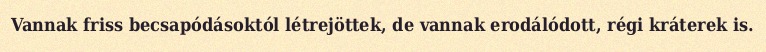
Vannak friss becsapódásoktól létrejöttek, de vannak erodálódott, régi kráterek is.